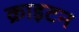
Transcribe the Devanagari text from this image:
क्राइटन